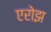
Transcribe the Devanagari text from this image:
एरोझ